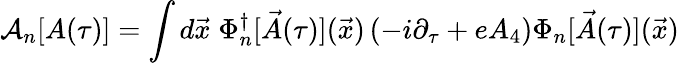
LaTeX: {\cal A}_{n}[A(\tau)]=\int d{\vec{x}}\; \Phi_{n}^{\dagger}[{\vec{A}}(\tau)]({\vec{x}})\left(-i\partial_{\tau}+eA_{4}\right)\Phi_{n}[{\vec{A}}(\tau)]({\vec{x}})